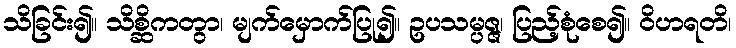
သိခြင်း၍။ သိစ္ဆိကတွာ၊ မျက်မှောက်ပြု၍။ ဥပသမ္ပဇ္ဇ၊ ပြည့်စုံစေ၍။ ဝိဟရတိ၊